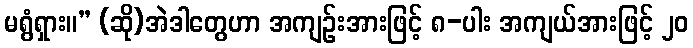
မရွံရှား။” (ဆို)အဲဒါတွေဟာ အကျဉ်းအားဖြင့် ၈-ပါး အကျယ်အားဖြင့် ၂၀